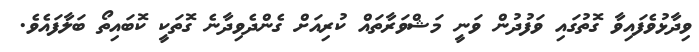
ވިދާޅުވެފައިވާ ގޮތުގައި ވަފުދުން ވަނީ މަޝްވަރާތައް ކުރިއަށް ގެންދެވިދާނެ ގޮތަކީ ކޮބައިތޯ ބަލާފައެވެ.